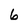
Character: 6